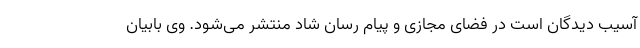
آسیب دیدگان است در فضای مجازی و پیام رسان شاد منتشر می‌شود. وی بابیان